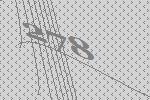
278